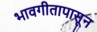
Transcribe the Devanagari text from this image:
भावगीतापासून